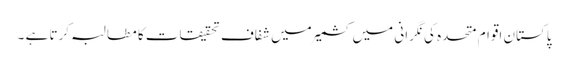
پاکستان اقوام متحدہ کی نگرانی میں کشمیر میں شفاف تحقیقات کا مطالبہ کرتا ہے ۔